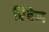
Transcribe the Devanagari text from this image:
रिबेन